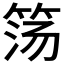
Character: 𰩹